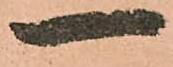
一